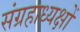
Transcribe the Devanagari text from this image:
संग्रहाध्यक्षों